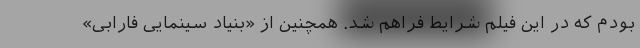
بودم که در این فیلم شرایط فراهم شد. همچنین از «بنیاد سینمایی فارابی»